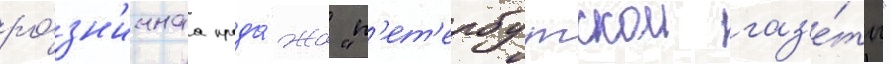
ро́зн'ичнаа прода́жа "п'ет'ербургскои газ'е́ты"